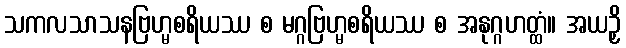
သကလသာသနဗြဟ္မစရိယဿ စ မဂ္ဂဗြဟ္မစရိယဿ စ အနုဂ္ဂဟတ္ထံ။ အယဉှိ